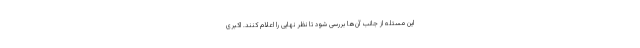
این مسئله از جانب آن‌ها بررسی شود تا نظر نهایی را اعلام کنند. اکبری